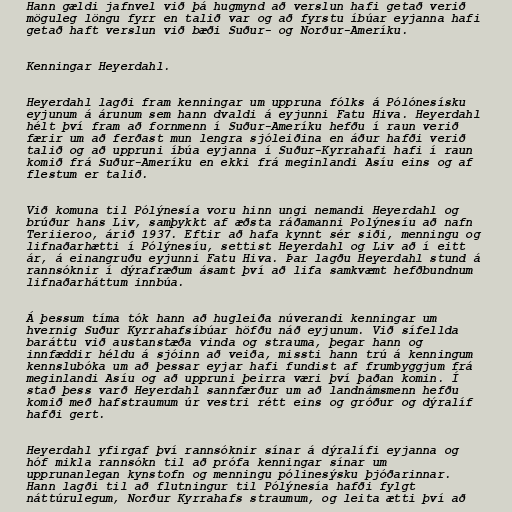
Hann gældi jafnvel við þá hugmynd að verslun hafi getað verið
möguleg löngu fyrr en talið var og að fyrstu íbúar eyjanna hafi
getað haft verslun við bæði Suður- og Norður-Ameríku.

Kenningar Heyerdahl.

Heyerdahl lagði fram kenningar um uppruna fólks á Pólónesísku
eyjunum á árunum sem hann dvaldi á eyjunni Fatu Hiva. Heyerdahl
hélt því fram að fornmenn í Suður-Ameríku hefðu í raun verið
færir um að ferðast mun lengra sjóleiðina en áður hafði verið
talið og að uppruni íbúa eyjanna í Suður-Kyrrahafi hafi í raun
komið frá Suður-Ameríku en ekki frá meginlandi Asíu eins og af
flestum er talið.

Við komuna til Pólýnesía voru hinn ungi nemandi Heyerdahl og
brúður hans Liv, samþykkt af æðsta ráðamanni Polýnesíu að nafn
Teriieroo, árið 1937. Eftir að hafa kynnt sér siði, menningu og
lifnaðarhætti í Pólýnesíu, settist Heyerdahl og Liv að í eitt
ár, á einangruðu eyjunni Fatu Hiva. Þar lagðu Heyerdahl stund á
rannsóknir í dýrafræðum ásamt því að lifa samkvæmt hefðbundnum
lifnaðarháttum innbúa.

Á þessum tíma tók hann að hugleiða núverandi kenningar um
hvernig Suður Kyrrahafsíbúar höfðu náð eyjunum. Við sífellda
baráttu við austanstæða vinda og strauma, þegar hann og
innfæddir héldu á sjóinn að veiða, missti hann trú á kenningum
kennslubóka um að þessar eyjar hafi fundist af frumbyggjum frá
meginlandi Asíu og að uppruni þeirra væri því þaðan komin. Í
stað þess varð Heyerdahl sannfærður um að landnámsmenn hefðu
komið með hafstraumum úr vestri rétt eins og gróður og dýralíf
hafði gert.

Heyerdahl yfirgaf því rannsóknir sínar á dýralífi eyjanna og
hóf mikla rannsókn til að prófa kenningar sínar um
upprunanlegan kynstofn og menningu pólinesýsku þjóðarinnar.
Hann lagði til að flutningur til Pólýnesía hafði fylgt
náttúrulegum, Norður Kyrrahafs straumum, og leita ætti því að